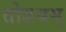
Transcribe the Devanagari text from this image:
तोडयम्